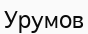
Урумов